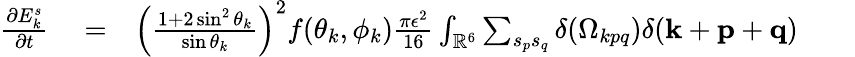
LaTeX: \begin{array}{rlr}{\frac{\partial E_{k}^{s}}{\partial t}}&{{}=}&{\left(\frac{1+2\sin^{2}\theta_{k}}{\sin\theta_{k}}\right)^{2}f(\theta_{k},\phi_{k})\frac{\pi\epsilon^{2}}{16}\int_{{\mathbb{R}}^{6}}\sum_{s_{p}s_{q}}\delta(\Omega_{kpq})\delta({\mathbf k}+{\mathbf p}+{\mathbf q})\quad\quad}\end{array}